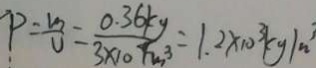
P = \frac { m } { V } = \frac { 0 . 3 6 k g } { 3 \times 1 0 ^ { 4 } m ^ { 3 } } = 1 . 2 \times 1 0 ^ { 3 } k g / m ^ { 3 }